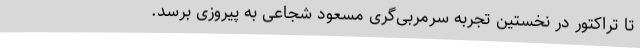
تا تراکتور در نخستین تجربه سرمربی‌گری مسعود شجاعی به پیروزی برسد.